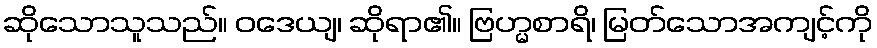
ဆိုသောသူသည်။ ဝဒေယျ၊ ဆိုရာ၏။ ဗြဟ္မစာရိ၊ မြတ်သောအကျင့်ကို